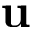
{ \bf u }